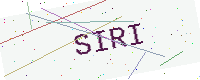
Text: SIRI